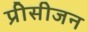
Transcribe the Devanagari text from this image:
प्रीसीजन